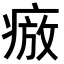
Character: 𭼕